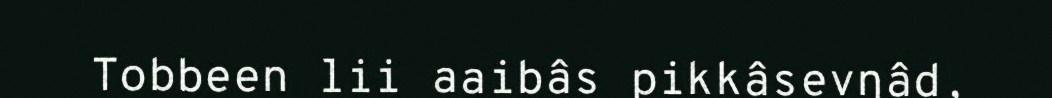
Tobbeen lii aaibâs pikkâsevŋâd,